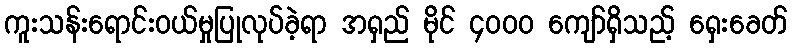
ကူးသန်းရောင်းဝယ်မှုပြုလုပ်ခဲ့ရာ အရှည် မိုင် ၄၀၀၀ ကျော်ရှိသည့် ရှေးခေတ်